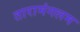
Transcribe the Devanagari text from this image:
तारामंगलम